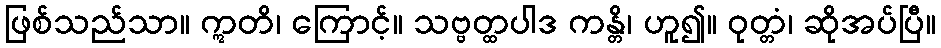
ဖြစ်သည်သာ။ ဣတိ၊ ကြောင့်။ သဗ္ဗတ္ထပါဒ ကန္တိ၊ ဟူ၍။ ဝုတ္တံ၊ ဆိုအပ်ပြီ။